Vaccination in the Punjab 1897-1904 - 1897-1904
Year: 1897
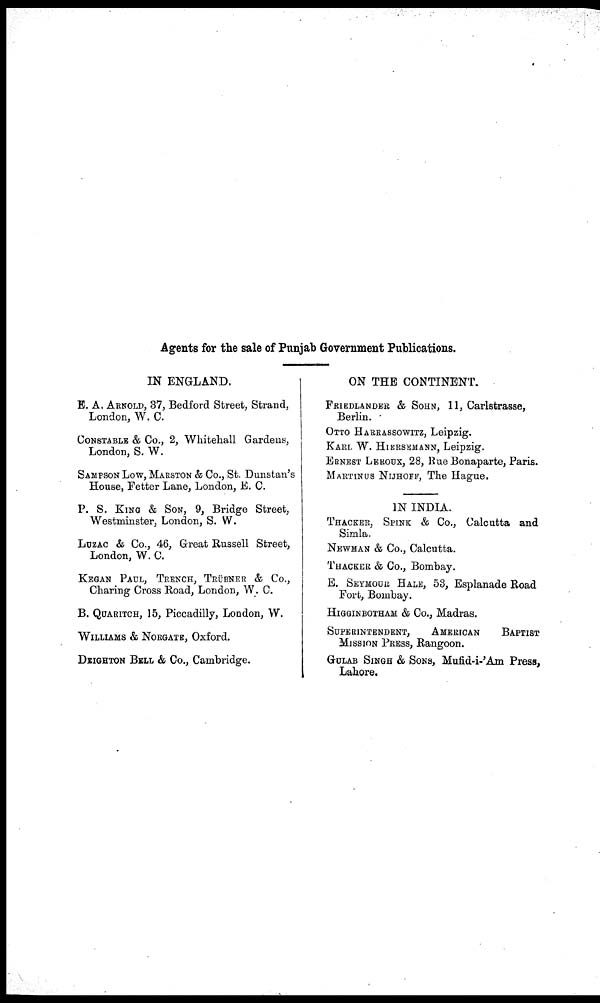
Agents for the sale of Punjab Government Publications.
IN ENGLAND.
E. A. ARNOLD, 37, Bedford Street, Strand,
London, W. C.
CONSTABLE & Co., 2, Whitehall Gardens,
London, S. W.
SAMPSON LOW, MARSTON & Co., St. Dunstan's
House, Fetter Lane, London, E. C.
P. S. KING & SON, 9, Bridge Street,
Westminster, London, S. W.
LUZAC & Co., 46, Great Russell Street,
London, W. C.
KEGAN PAUL, TRENCH, TRÜBNER & Co.,
Charing Cross Road, London, W. C.
B. QUARITCH, 15, Piccadilly, London, W.
WILLIAMS & NORGATE, Oxford.
DEIGHTON BELL & Co., Cambridge.
ON THE CONTINENT.
FRIEDLANDER & SOHN, 11, Carlstrasse,
Berlin.
OTTO HARRASSOWITZ, Leipzig.
KARL W. HIERSEMANN, Leipzig.
ERNEST LEROUX, 28, Rue Bonaparte, Paris.
MARTINUS NIJHOFF, The Hague.
IN INDIA.
THACKER, SPINK & Co., Calcutta and
Simla.
NEWMAN & Co., Calcutta.
THACKER & Co., Bombay.
E. SEYMOUR HALE, 53, Esplanade Road
Fort, Bombay.
HIGGINBOTHAM & Co., Madras.
SUPERINTENDENT,
AMERICAN
BAPTIST
MISSION PRESS, Rangoon.
GULAB SINGH & SONS, Mufid-i-'Am Press,
Lahore.